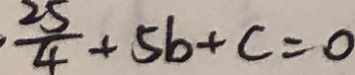
\cdot \frac { 2 5 } { 4 } + 5 b + c = 0